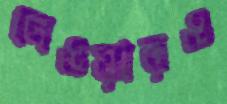
নেওয়ারও